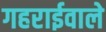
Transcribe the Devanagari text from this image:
गहराईवाले